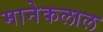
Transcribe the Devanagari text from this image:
मानेकलाल